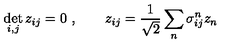
\det _ { i , j } z _ { i j } = 0 \ , \qquad z _ { i j } = { \frac { 1 } { \sqrt { 2 } } } \sum _ { n } \sigma _ { i j } ^ { n } z _ { n }